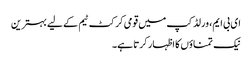
ای بی ایم، ورلڈ کپ میں قومی کرکٹ ٹیم کے لیے بہترین
نیک تمناؤں کا اظہار کرتا ہے۔